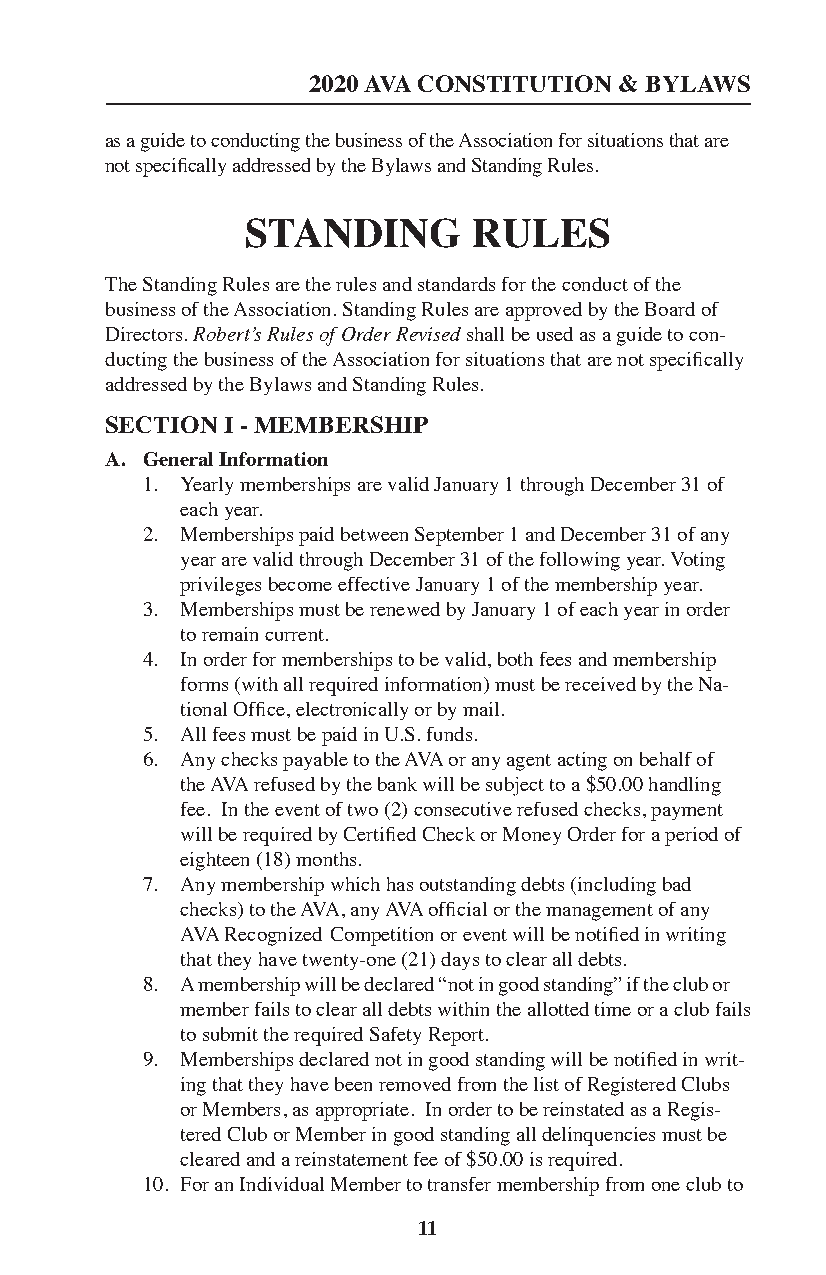
2020 AVA CONSTITUTION & BYLAWS
 as a guide to conducting the business of the Association for situations that are
 not specifically addressed by the Bylaws and Standing Rules.
 STANDING       RULES
 The Standing Rules are the rules and standards for the conduct of the
 business of the Association. Standing Rules are approved by the Board of
 Directors. Robert’s Rules of Order Revised shall be used as a guide to con-
 ducting the business of the Association for situations that are not specifically
 addressed by the Bylaws and Standing Rules.
 SECTION I - MEMBERSHIP
 A. General Information
 1. Yearly memberships are valid January 1 through December 31 of
 each year.
 2. Memberships paid between September 1 and December 31 of any
 year are valid through December 31 of the following year. Voting
 privileges become effective January 1 of the membership year.
 3. Memberships must be renewed by January 1 of each year in order
 to remain current.
 4. In order for memberships to be valid, both fees and membership
 forms (with all required information) must be received by the Na-
 tional Office, electronically or by mail.
 5. All fees must be paid in U.S. funds.
 6. Any checks payable to the AVA or any agent acting on behalf of
 the AVA refused by the bank will be subject to a $50.00 handling
 fee. In the event of two (2) consecutive refused checks, payment
 will be required by Certified Check or Money Order for a period of
 eighteen (18) months.
 7. Any membership which has outstanding debts (including bad
 checks) to the AVA, any AVA official or the management of any
 AVA Recognized Competition or event will be notified in writing
 that they have twenty-one (21) days to clear all debts.
 8. A membership will be declared “not in good standing” if the club or
 member fails to clear all debts within the allotted time or a club fails
 to submit the required Safety Report.
 9. Memberships declared not in good standing will be notified in writ-
 ing that they have been removed from the list of Registered Clubs
 or Members, as appropriate. In order to be reinstated as a Regis-
 tered Club or Member in good standing all delinquencies must be
 cleared and a reinstatement fee of $50.00 is required.
 10. For an Individual Member to transfer membership from one club to
 11